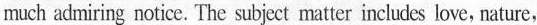
much admiring notice. The subject matter inclucs love, nature，